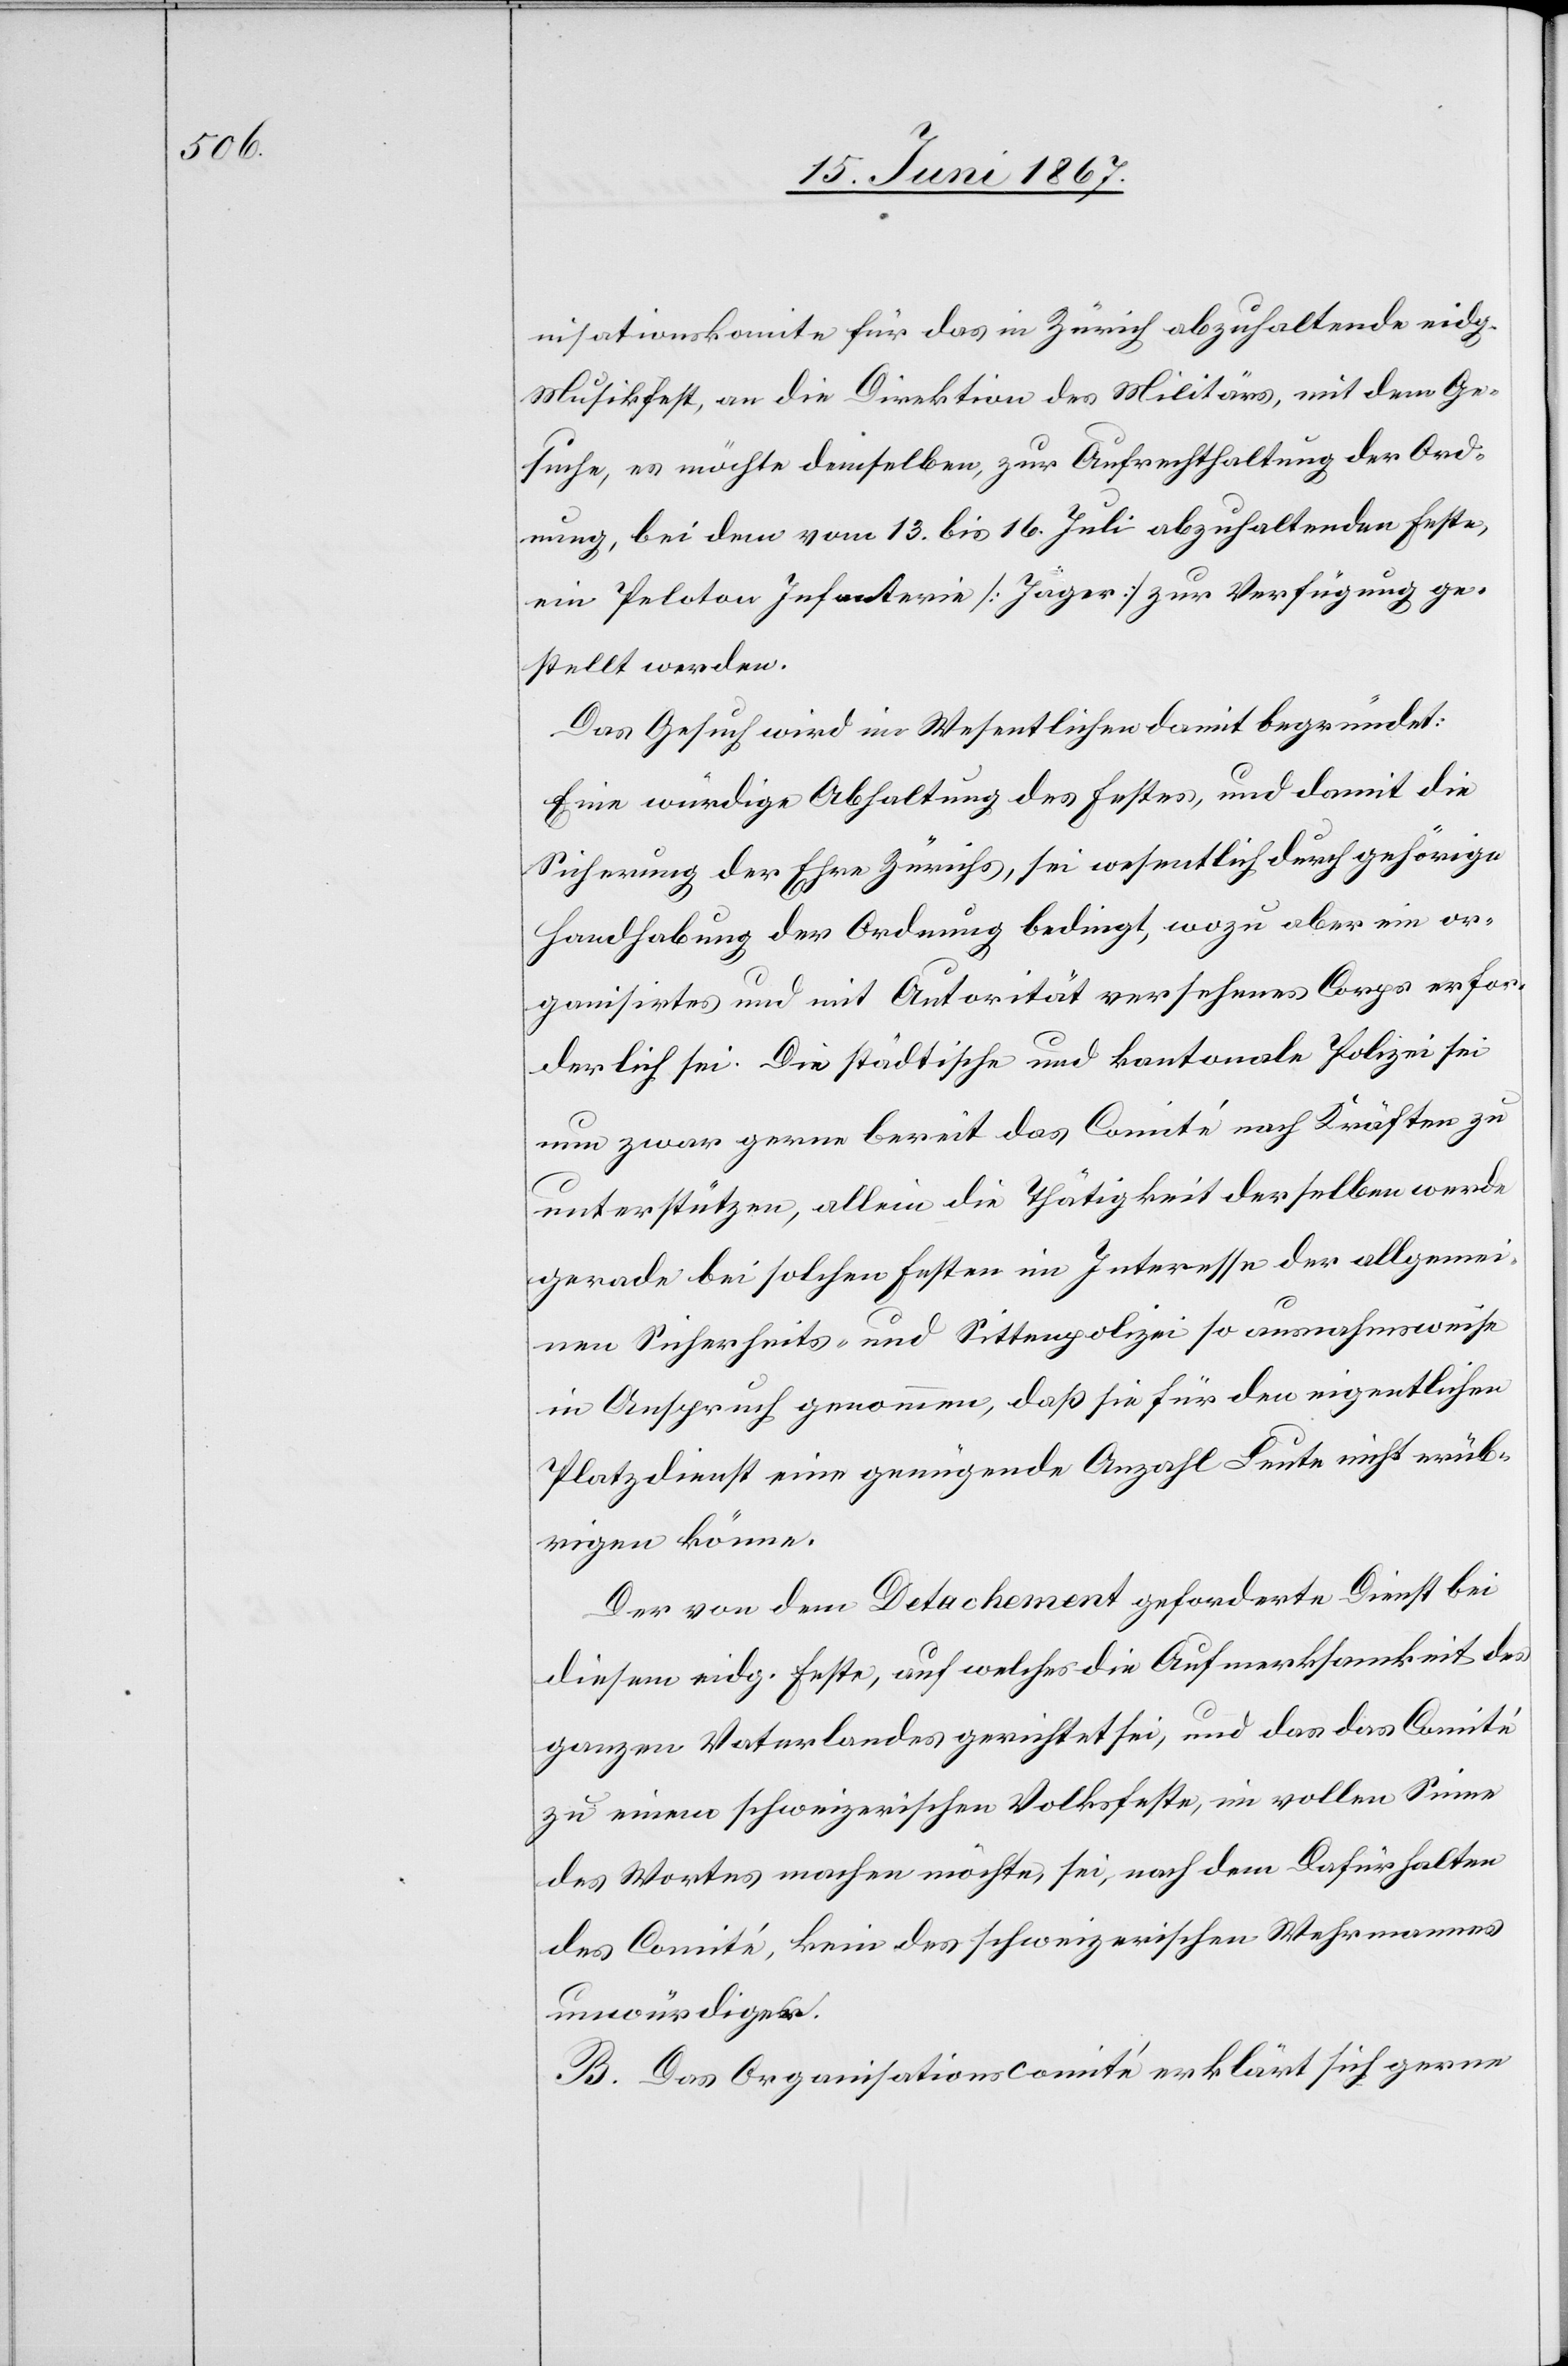
nisationskomite für das in Zürich abzuhaltende eidg.
Musikfest, an die Direktion des Militärs, mit dem Ge¬
suche, es möchte demselben, zur Aufrechthaltung der Ord¬
nung, bei dem vom 13. bis 16. Juli abzuhaltenden Feste,
ein Peloton Infanterie [Jäger] zur Verfügung ge¬
stellt werden.
Das Gesuch wird im Wesentlichen damit begründet:
Eine würdige Abhaltung des Festes, und damit die
Sicherung der Ehre Zürichs, sei wesentlich durch gehörige
Handhabung der Ordnung bedingt, wozu aber ein or¬
ganisirtes und mit Autorität versehenes Corps erfor¬
derlich sei. Die städtische und kantonale Polizei sei
nun zwar gerne bereit das Comité nach Kräften zu
unterstützten, allein die Thätigkeit derselben werde
gerade bei solchen Festen im Interesse der allgemei¬
nen Sicherheits- und Sittenpolizei so ausnahmsweise
in Anspruch genommen, daß sie für den eigentlichen
Platzdienst eine genügende Anzahl Leute nicht erüb¬
rigen könne.
Der von dem Detachement geforderte Dienst bei
diesem eidg. Feste, auf welches die Aufmerksamkeit des
ganzen Vaterlandes gerichtet sei, und das das Comité
zu einem schweizerischen Volksfeste, im vollen Sinne
des Wortes machen möchte, sei nach dem Dafürhalten
des Comité, kein des schweizerischen Wehrmannes
unwürdiges.
B. Das Organisationscomité erklärt sich gerne